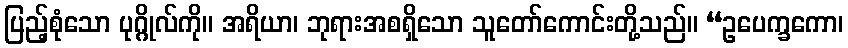
ပြည့်စုံသော ပုဂ္ဂိုလ်ကို။ အရိယာ၊ ဘုရားအစရှိသော သူတော်ကောင်းတို့သည်။ “ဥပေက္ခကော၊